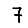
Digit: 7